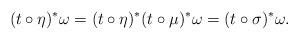
LaTeX: \begin{align*} (t \circ \eta)^* \omega = (t \circ \eta)^* (t\circ \mu)^* \omega = (t \circ \sigma)^* \omega. \end{align*}